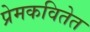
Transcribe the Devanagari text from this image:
प्रेमकवितेत